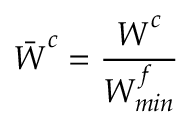
\bar { \boldsymbol { W } } ^ { c } = \frac { \boldsymbol { W } ^ { c } } { W _ { m i n } ^ { f } }